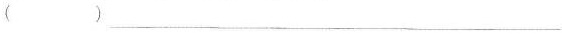
（ ）___